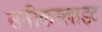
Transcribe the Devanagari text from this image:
सनीकरलाइट